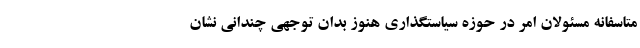
متاسفانه مسئولان امر در حوزه سیاستگذاری هنوز بدان توجهی چندانی نشان